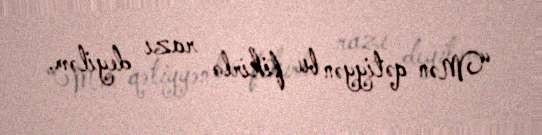
“Mən qətiyyən bu fikirlə razı deyiləm.